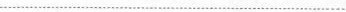
…………………………………………………………